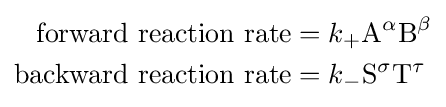
{\begin{aligned}{\text{forward reaction rate}}&=k_{+}{\mathrm {A} }^{\alpha }{\mathrm {B} }^{\beta }\\{\text{backward reaction rate}}&=k_{-}{\mathrm {S} }^{\sigma }{\mathrm {T} }^{\tau }\end{aligned}}